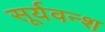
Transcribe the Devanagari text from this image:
सूर्यवन्श